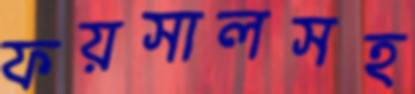
ফয়সালসহ